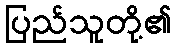
ပြည်သူတို့၏